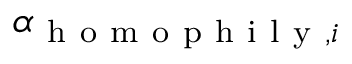
\alpha _ { \mathrm { ~ h ~ o ~ m ~ o ~ p ~ h ~ i ~ l ~ y ~ } , i }